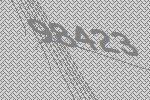
98423